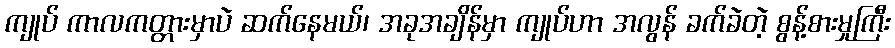
ကျုပ် ကာလကတ္တားမှာပဲ ဆက်နေမယ်၊ အခုအချိန်မှာ ကျုပ်ဟာ အလွန် ခက်ခဲတဲ့ စွန့်စားမှုကြီး